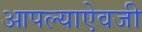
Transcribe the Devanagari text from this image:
आपल्याऐवजी